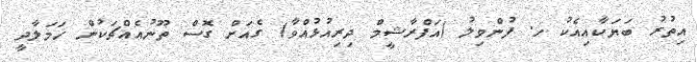
އިތުރު ބަޔަކާއިއެކު ހ. ފުންވިލު (އަފްރާޝީމް ދިރިއުޅުއްވާ) ގެއަށް ގޮސް ތޫނުއެއްޗަކުން ހަމަލާދީ